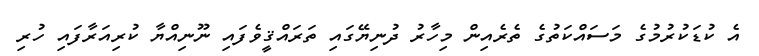
އެ ކުޑަކުރުމުގެ މަސައްކަތުގެ ތެރެއިން މިހާރު ދުނިޔޭގައި ތަރައްޤީވެފައި ނޫނިއްޔާ ކުރިއަރާފައި ހުރި